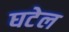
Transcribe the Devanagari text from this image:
घटेल